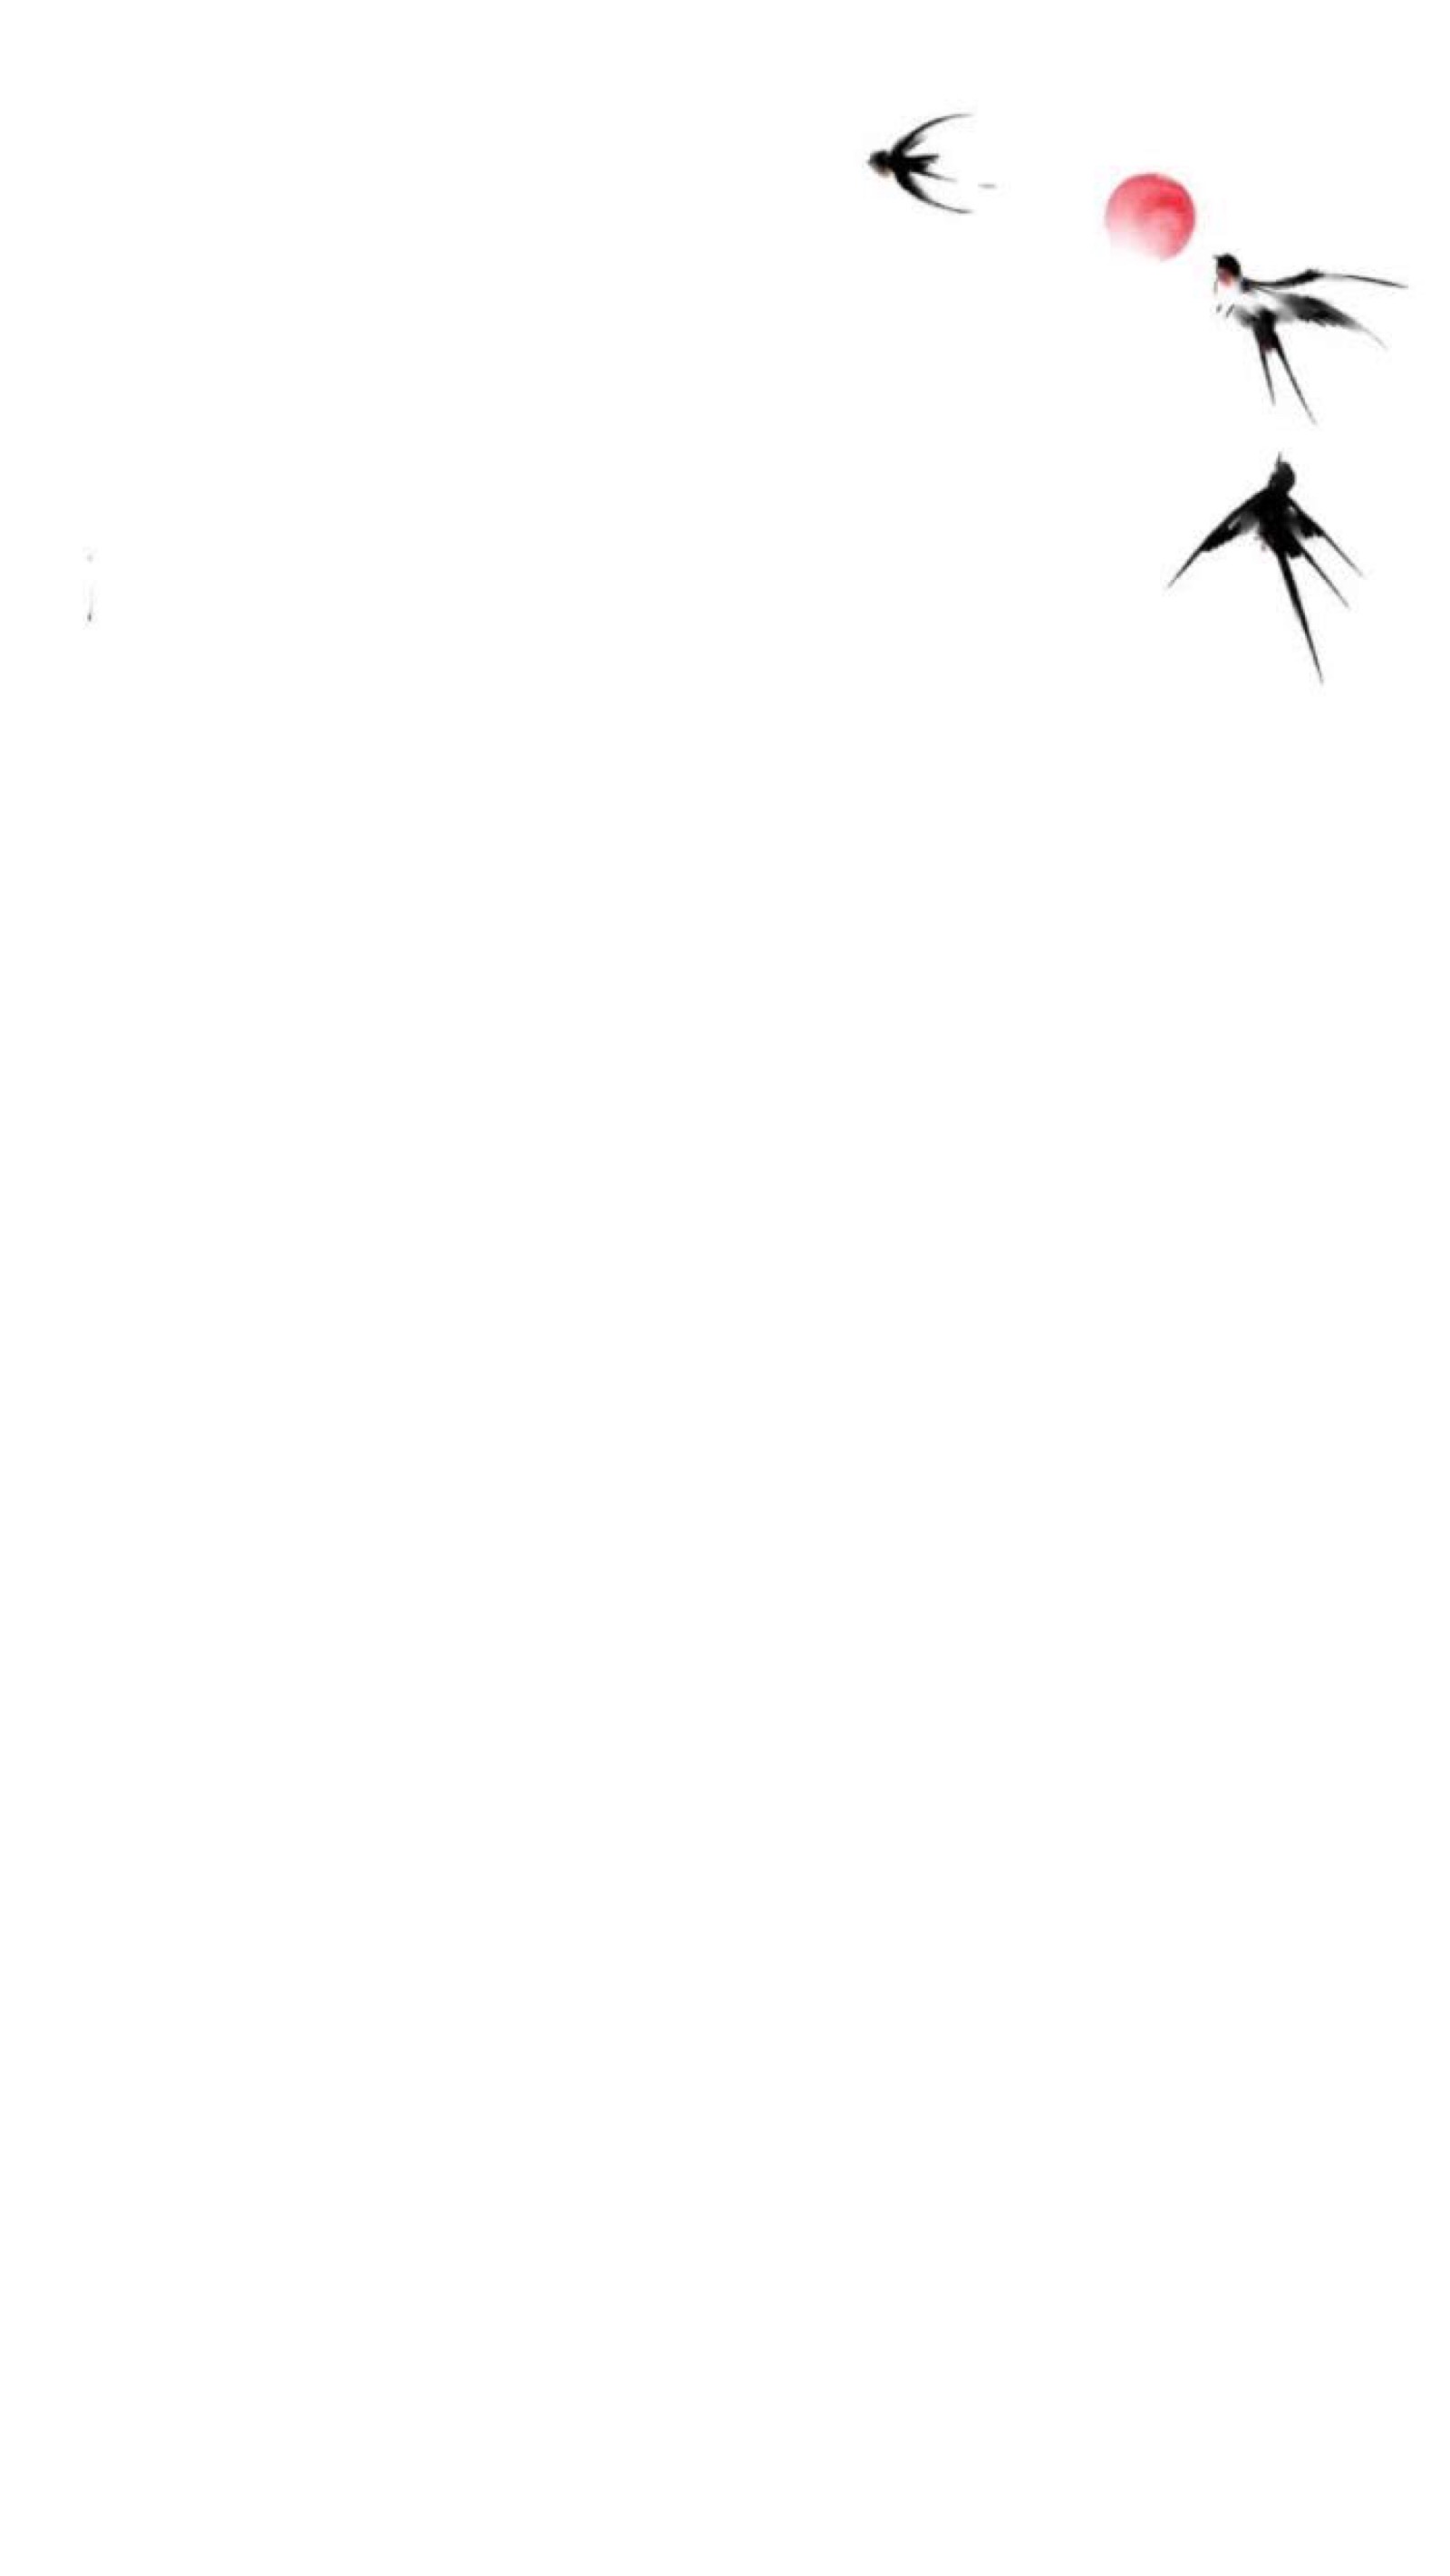
旧时王谢堂前燕，飞入寻常百姓家。